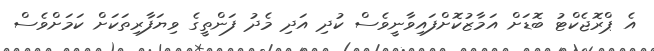
އެ ޕްރޮޖެކްޓު ބޮޑަށް އަމާޒުކޮށްފައިވާނީވެސް ކުދި އަދި މެދު ފަންތީގެ ވިޔަފާރިތަކަށް ކަމަށްވެސް